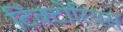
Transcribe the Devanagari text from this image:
टिंक्टोरियस